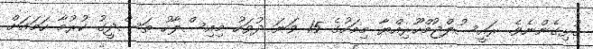
ގުޅިގެންނެވެ. ރައީސުލްޖުމްހޫރިއްޔާ މިމަހުގެ 15 ވަނަ ދުވަހު މިއިސްލާހު ތަސްދީގު ކުރުމާ ހަމައަށް